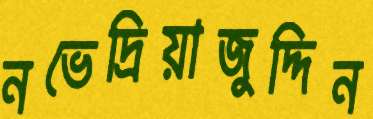
নভেদ্রিয়াজুদ্দিন